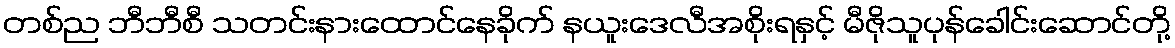
တစ်ည ဘီဘီစီ သတင်းနားထောင်နေခိုက် နယူးဒေလီအစိုးရနှင့် မီဇိုသူပုန်ခေါင်းဆောင်တို့